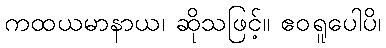
ကထယမာနာယ၊ ဆိုသဖြင့်။ ဧဝရူပေါပိ၊